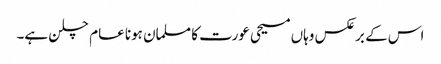
اس کے برعکس وہاں مسیحی عورت کا مسلمان ہونا عام چلن ہے۔